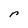
Character: r